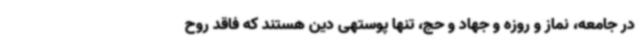
در جامعه، نماز و روزه و جهاد و حج، تنها پوستهی دین هستند که فاقد روح